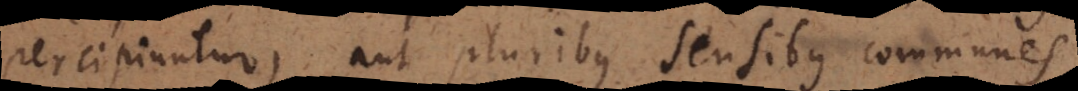
percipiuntur, aut pluribus sensibus communes